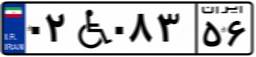
۸۳W۳۸۹۳۲